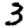
Digit: 3